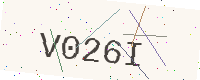
Text: V026I